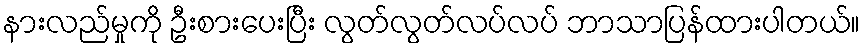
နားလည်မှုကို ဦးစားပေးပြီး လွတ်လွတ်လပ်လပ် ဘာသာပြန်ထားပါတယ်။